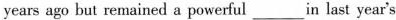
years ago but remained a powerful___in last year's